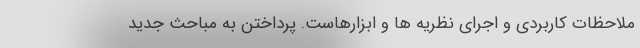
ملاحظات کاربردی و اجرای نظریه ها و ابزارهاست. پرداختن به مباحث جدید